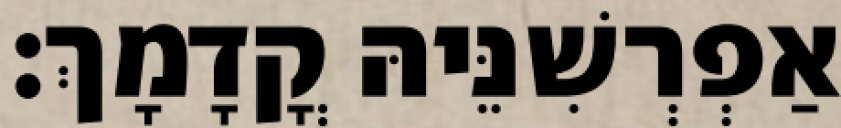
אַפְרְשִׁנֵּיהּ קֳדָמָךְ׃